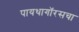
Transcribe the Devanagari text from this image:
पायथागॉरसचा